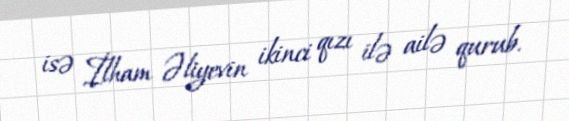
isə İlham Əliyevin ikinci qızı ilə ailə qurub.